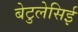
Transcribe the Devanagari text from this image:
बेटुलेसिई